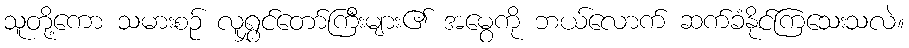
သူတို့ကော သမားစဉ် လူရွှင်တော်ကြီးများ၏ အမွေကို ဘယ်လောက် ဆက်ခံနိုင်ကြသေးသလဲ။